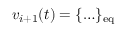
v _ { i + 1 } ( t ) = \{ \ldots \} _ { \mathrm { e q } }